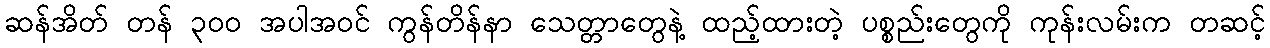
ဆန်အိတ် တန် ၃၀၀ အပါအဝင် ကွန်တိန်နာ သေတ္တာတွေနဲ့ ထည့်ထားတဲ့ ပစ္စည်းတွေကို ကုန်းလမ်းက တဆင့်